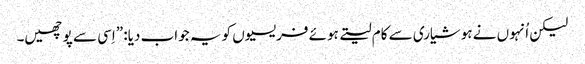
‏ لیکن اُنہوں نے ہوشیاری سے کام لیتے ہوئے فریسیوں کو یہ جواب دیا:‏ ”‏اِسی سے پوچھیں۔